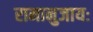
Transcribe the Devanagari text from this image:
रामानुजायः